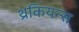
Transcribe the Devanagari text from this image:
थ्रकियन्स